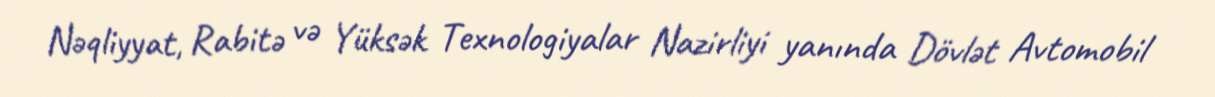
Nəqliyyat, Rabitə və Yüksək Texnologiyalar Nazirliyi yanında Dövlət Avtomobil